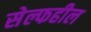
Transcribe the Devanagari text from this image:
सेल्फहील